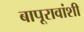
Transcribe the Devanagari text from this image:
बापूरावांशी